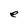
Character: e